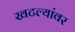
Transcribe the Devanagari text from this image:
खटल्यांवर